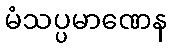
မံသပ္ပမာဏေန